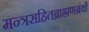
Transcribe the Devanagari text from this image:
मन्त्रसहितब्राह्मणग्रंथों